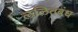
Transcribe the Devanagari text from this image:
ललितबंध